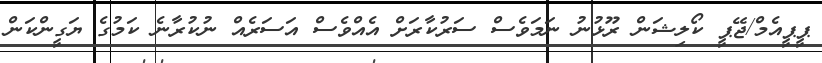
ޕީޕީއެމް/ޖޭޕީ ކޯލިޝަން ރޫޅުނު ނަމަވެސް ސަރުކާރަށް އެއްވެސް އަސަރެއް ނުކުރާނެ ކަމުގެ ޔަގީންކަން